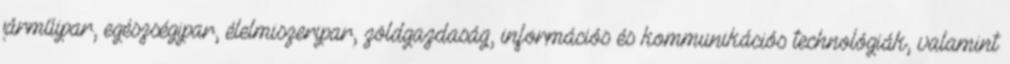
járműipar, egészségipar, élelmiszeripar, zöldgazdaság, információs és kommunikációs technológiák, valamint